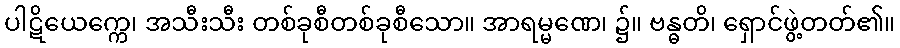
ပါဋိယေက္ကေ၊ အသီးသီး တစ်ခုစီတစ်ခုစီသော။ အာရမ္မဏေ၊ ၌။ ဗန္ဓတိ၊ ရှောင်ဖွဲ့တတ်၏။